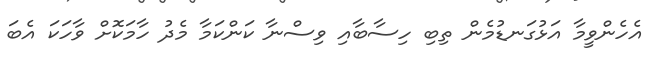
އެހެންވީމާ އަޅުގަނޑުމެން ތިބި ހިސާބާއި ވިސްނާ ކަންކަމާ މެދު ހާމަކޮށް ވާހަކަ އެބަ